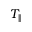
T _ { \parallel }